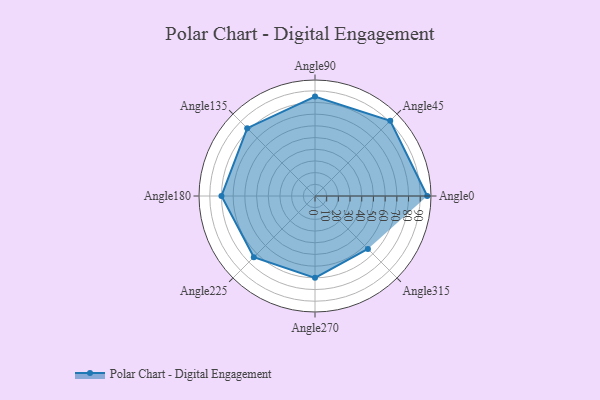
{"axis": {"x": "Angle", "y": "Radius"}, "legend": [""], "data": [{"x": "Angle0", "y": 96.0, "type": ""}, {"x": "Angle45", "y": 91.0, "type": ""}, {"x": "Angle90", "y": 85.0, "type": ""}, {"x": "Angle135", "y": 82.0, "type": ""}, {"x": "Angle180", "y": 80.0, "type": ""}, {"x": "Angle225", "y": 74.0, "type": ""}, {"x": "Angle270", "y": 70.0, "type": ""}, {"x": "Angle315", "y": 64.0, "type": ""}]}